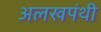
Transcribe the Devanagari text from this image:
अलखपंथी